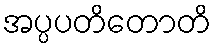
အပ္ပပတိတောတိ